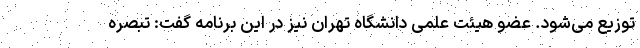
توزیع می‌شود. عضو هیئت علمی دانشگاه تهران نیز در این برنامه گفت: تبصره